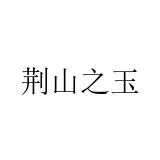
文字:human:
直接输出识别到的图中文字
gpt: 荆山之玉